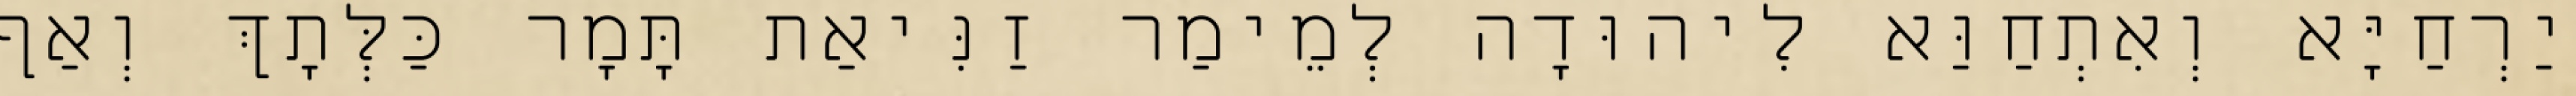
יַרְחַיָּא וְאִתְחַוַּא לִיהוּדָה לְמֵימַר זַנִּיאַת תָּמָר כַּלְּתָךְ וְאַף